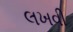
લખવી